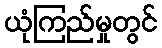
ယုံကြည်မှုတွင်